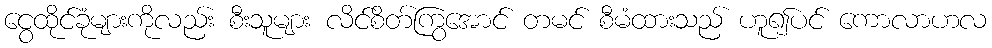
ငွေထိုင်ခုံများကိုလည်း စီးသူများ လိင်စိတ်ကြွအောင် တမင် စီမံထားသည် ဟူ၍ပင် ကောလာဟလ